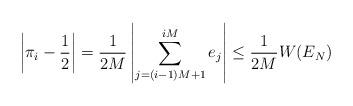
LaTeX: \begin{align*} \left|\pi_i-\frac{1}{2} \right|=\frac{1}{2M}\left|\sum_{j=(i-1)M+1}^{iM} e_j \right|\leq \frac{1}{2M} W(E_N)\end{align*}